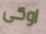
اوكى